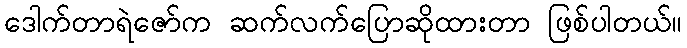
ဒေါက်တာရဲဇော်က ဆက်လက်ပြောဆိုထားတာ ဖြစ်ပါတယ်။